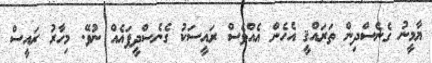
ޔާމީނު ގެނެސްދިން ތަރައްޤީ އެހެން އެއްވެސް ރައީސަކު ގެނެސްދީފައެއް ނުވޭ. މިހާރު ރައީސް